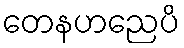
တေနဟညေပိ